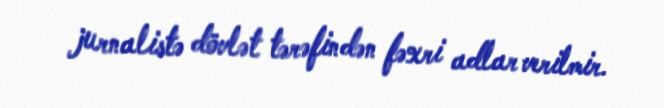
jurnalistə dövlət tərəfindən fəxri adlar verilmir.